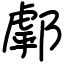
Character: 𨝘